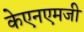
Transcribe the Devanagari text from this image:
केएनएमजी